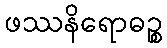
ဖဿနိရောဓဉ္စ